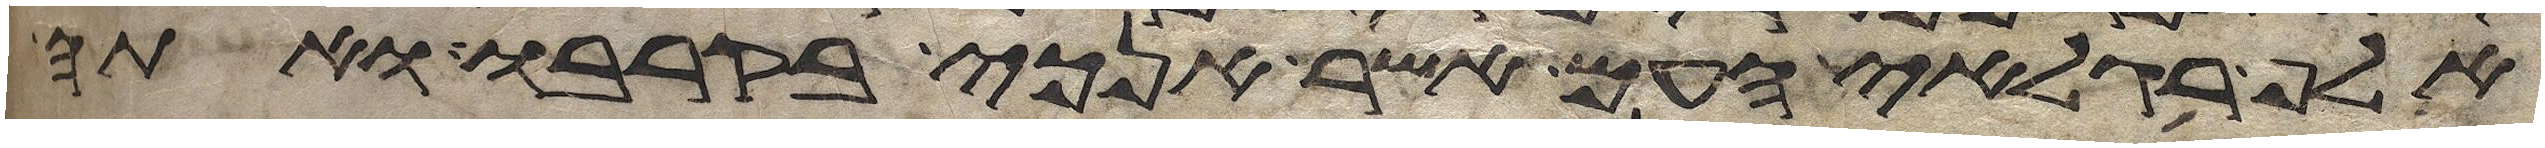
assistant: אלף רגלאי העם אשר אנכי בקרבו ואתה